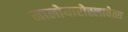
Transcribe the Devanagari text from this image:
मालोयारोस्लावेत्स